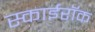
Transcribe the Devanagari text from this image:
स्काईरॉक